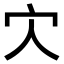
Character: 𡦼